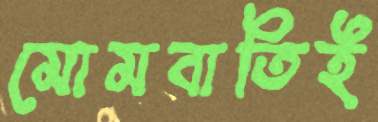
মোমবাতিই